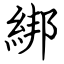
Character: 綁